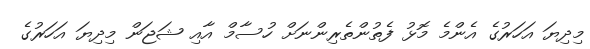
މިދިޔަ އަހަރުގެ އެންމެ މޮޅު ފެތުންތެރިންނަށް ހުސާމް އާއި ޝަޖަން މިދިޔަ އަހަރުގެ